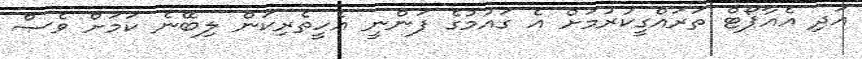
އަދި އެއާޕޯޓް ތަރައްގީކުރުމަށް އެ ގައުމުގެ ފަންނީ އެހީތެރިކަން ލިބޭނެ ކަމަށް ވެސް